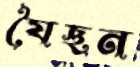
যৈছন